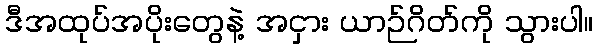
ဒီအထုပ်အပိုးတွေနဲ့ အငှား ယာဉ်ဂိတ်ကို သွားပါ။